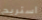
استريح